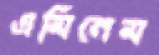
এমিনেম